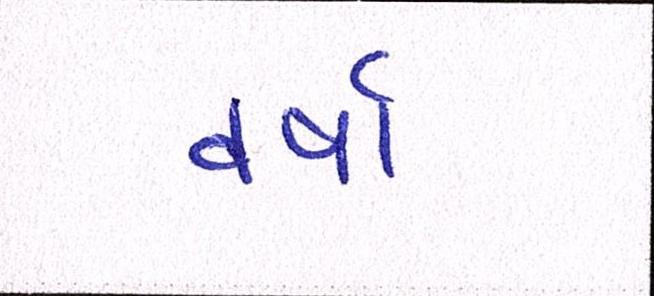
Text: વર્ષા